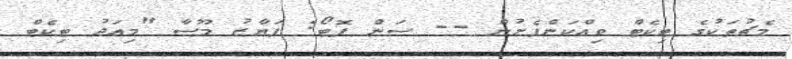
މެޗުތަކުގެ ޓިކެޓް ވިއްކަންފެށުން -- ސަން ފޮޓޯ: ފަޔާޒު މޫސާ "މިއަދު ޓިކެޓް